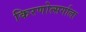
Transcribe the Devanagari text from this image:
किरणोत्सर्गाला